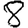
Digit: 8